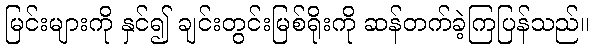
မြင်းများကို နှင်၍ ချင်းတွင်းမြစ်ရိုးကို ဆန်တက်ခဲ့ကြပြန်သည်။